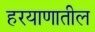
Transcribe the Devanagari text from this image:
हरयाणातील